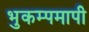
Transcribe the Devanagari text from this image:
भुकम्पमापी